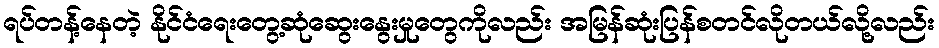
ရပ်တန့်နေတဲ့ နိုင်ငံရေးတွေ့ဆုံဆွေးနွေးမှုတွေကိုလည်း အမြန်ဆုံးပြန်စတင်လိုတယ်လို့လည်း